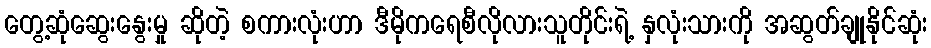
တွေ့ဆုံဆွေးနွေးမှု ဆိုတဲ့ စကားလုံးဟာ ဒီမိုကရေစီလိုလားသူတိုင်းရဲ့ နှလုံးသားကို အဆွတ်ချုနိုင်ဆုံး